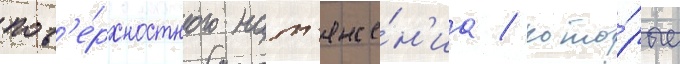
пов'е́рхностного нат'яже́н'иа / кото́рые